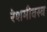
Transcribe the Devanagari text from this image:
रेशमीवस्त्र